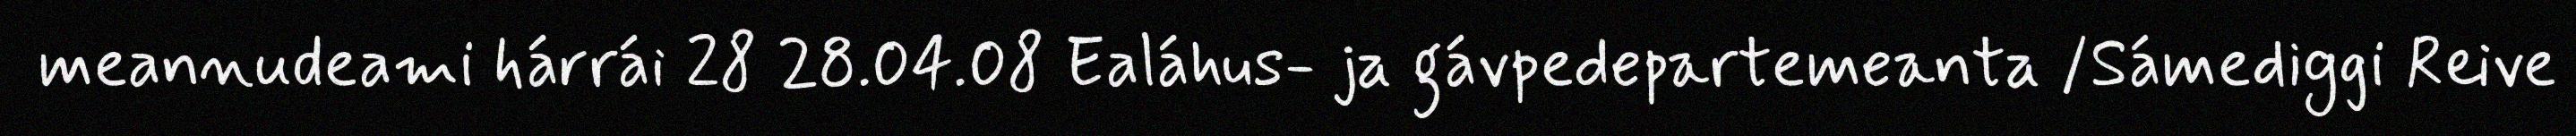
meannudeami hárrái 28 28.04.08 Ealáhus- ja gávpedepartemeanta /Sámediggi Reive